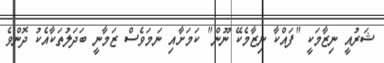
ޝަރުއީ ނިޒާމަކީ "ފައްކާ ނިޒާމެކޭ ނޫން" ކަމަށާއި ނަމަވެސް ޒަމާނީ ބަދަލުތަކާއެކު ދޮންވެ